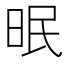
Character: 𱡾